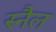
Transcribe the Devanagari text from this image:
स्नैल